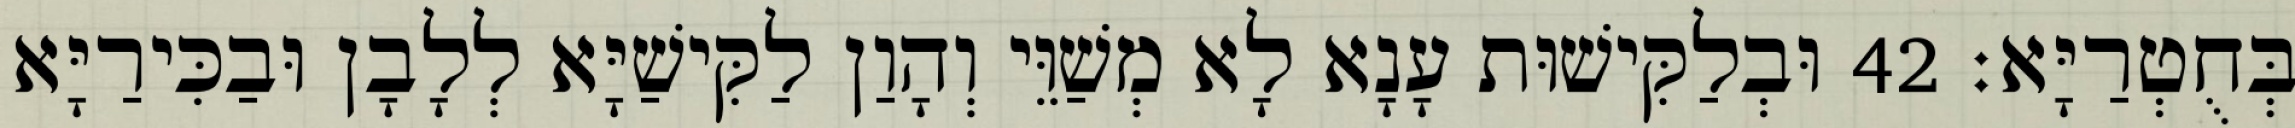
בְּחֻטְרַיָּא׃ 42 וּבְלַקִּישׁוּת עָנָא לָא מְשַׁוֵּי וְהָוַן לַקִּישַׁיָּא לְלָבָן וּבַכִּירַיָּא